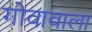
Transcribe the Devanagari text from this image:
गोवावाला